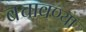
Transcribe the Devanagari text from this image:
बचावण्या